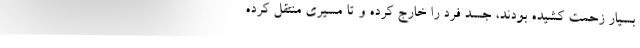
بسیار زحمت کشیده بودند، جسد فرد را خارج کرده و تا مسیری منتقل کرده